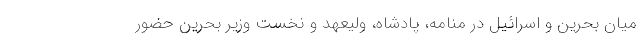
میان بحرین و اسرائیل در منامه، پادشاه، ولیعهد و نخست وزیر بحرین حضور